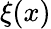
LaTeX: \xi(x)